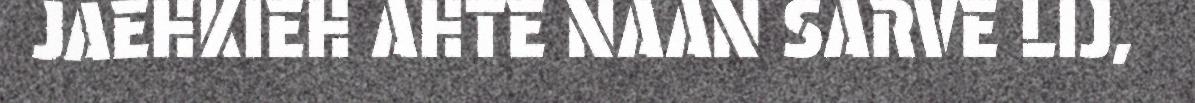
JAEHKIEH AHTE NAAN SARVE LIJ,